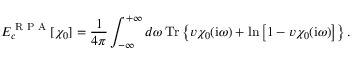
E _ { c } ^ { \textrm { R P A } } [ \chi _ { 0 } ] = \frac { 1 } { 4 \pi } \int _ { - \infty } ^ { + \infty } d \omega \, \mathrm { T r } \left\{ v \chi _ { 0 } ( \mathrm { i } \omega ) + \mathrm { l n } \left[ 1 - v \chi _ { 0 } ( \mathrm { i } \omega ) \right] \right\} .